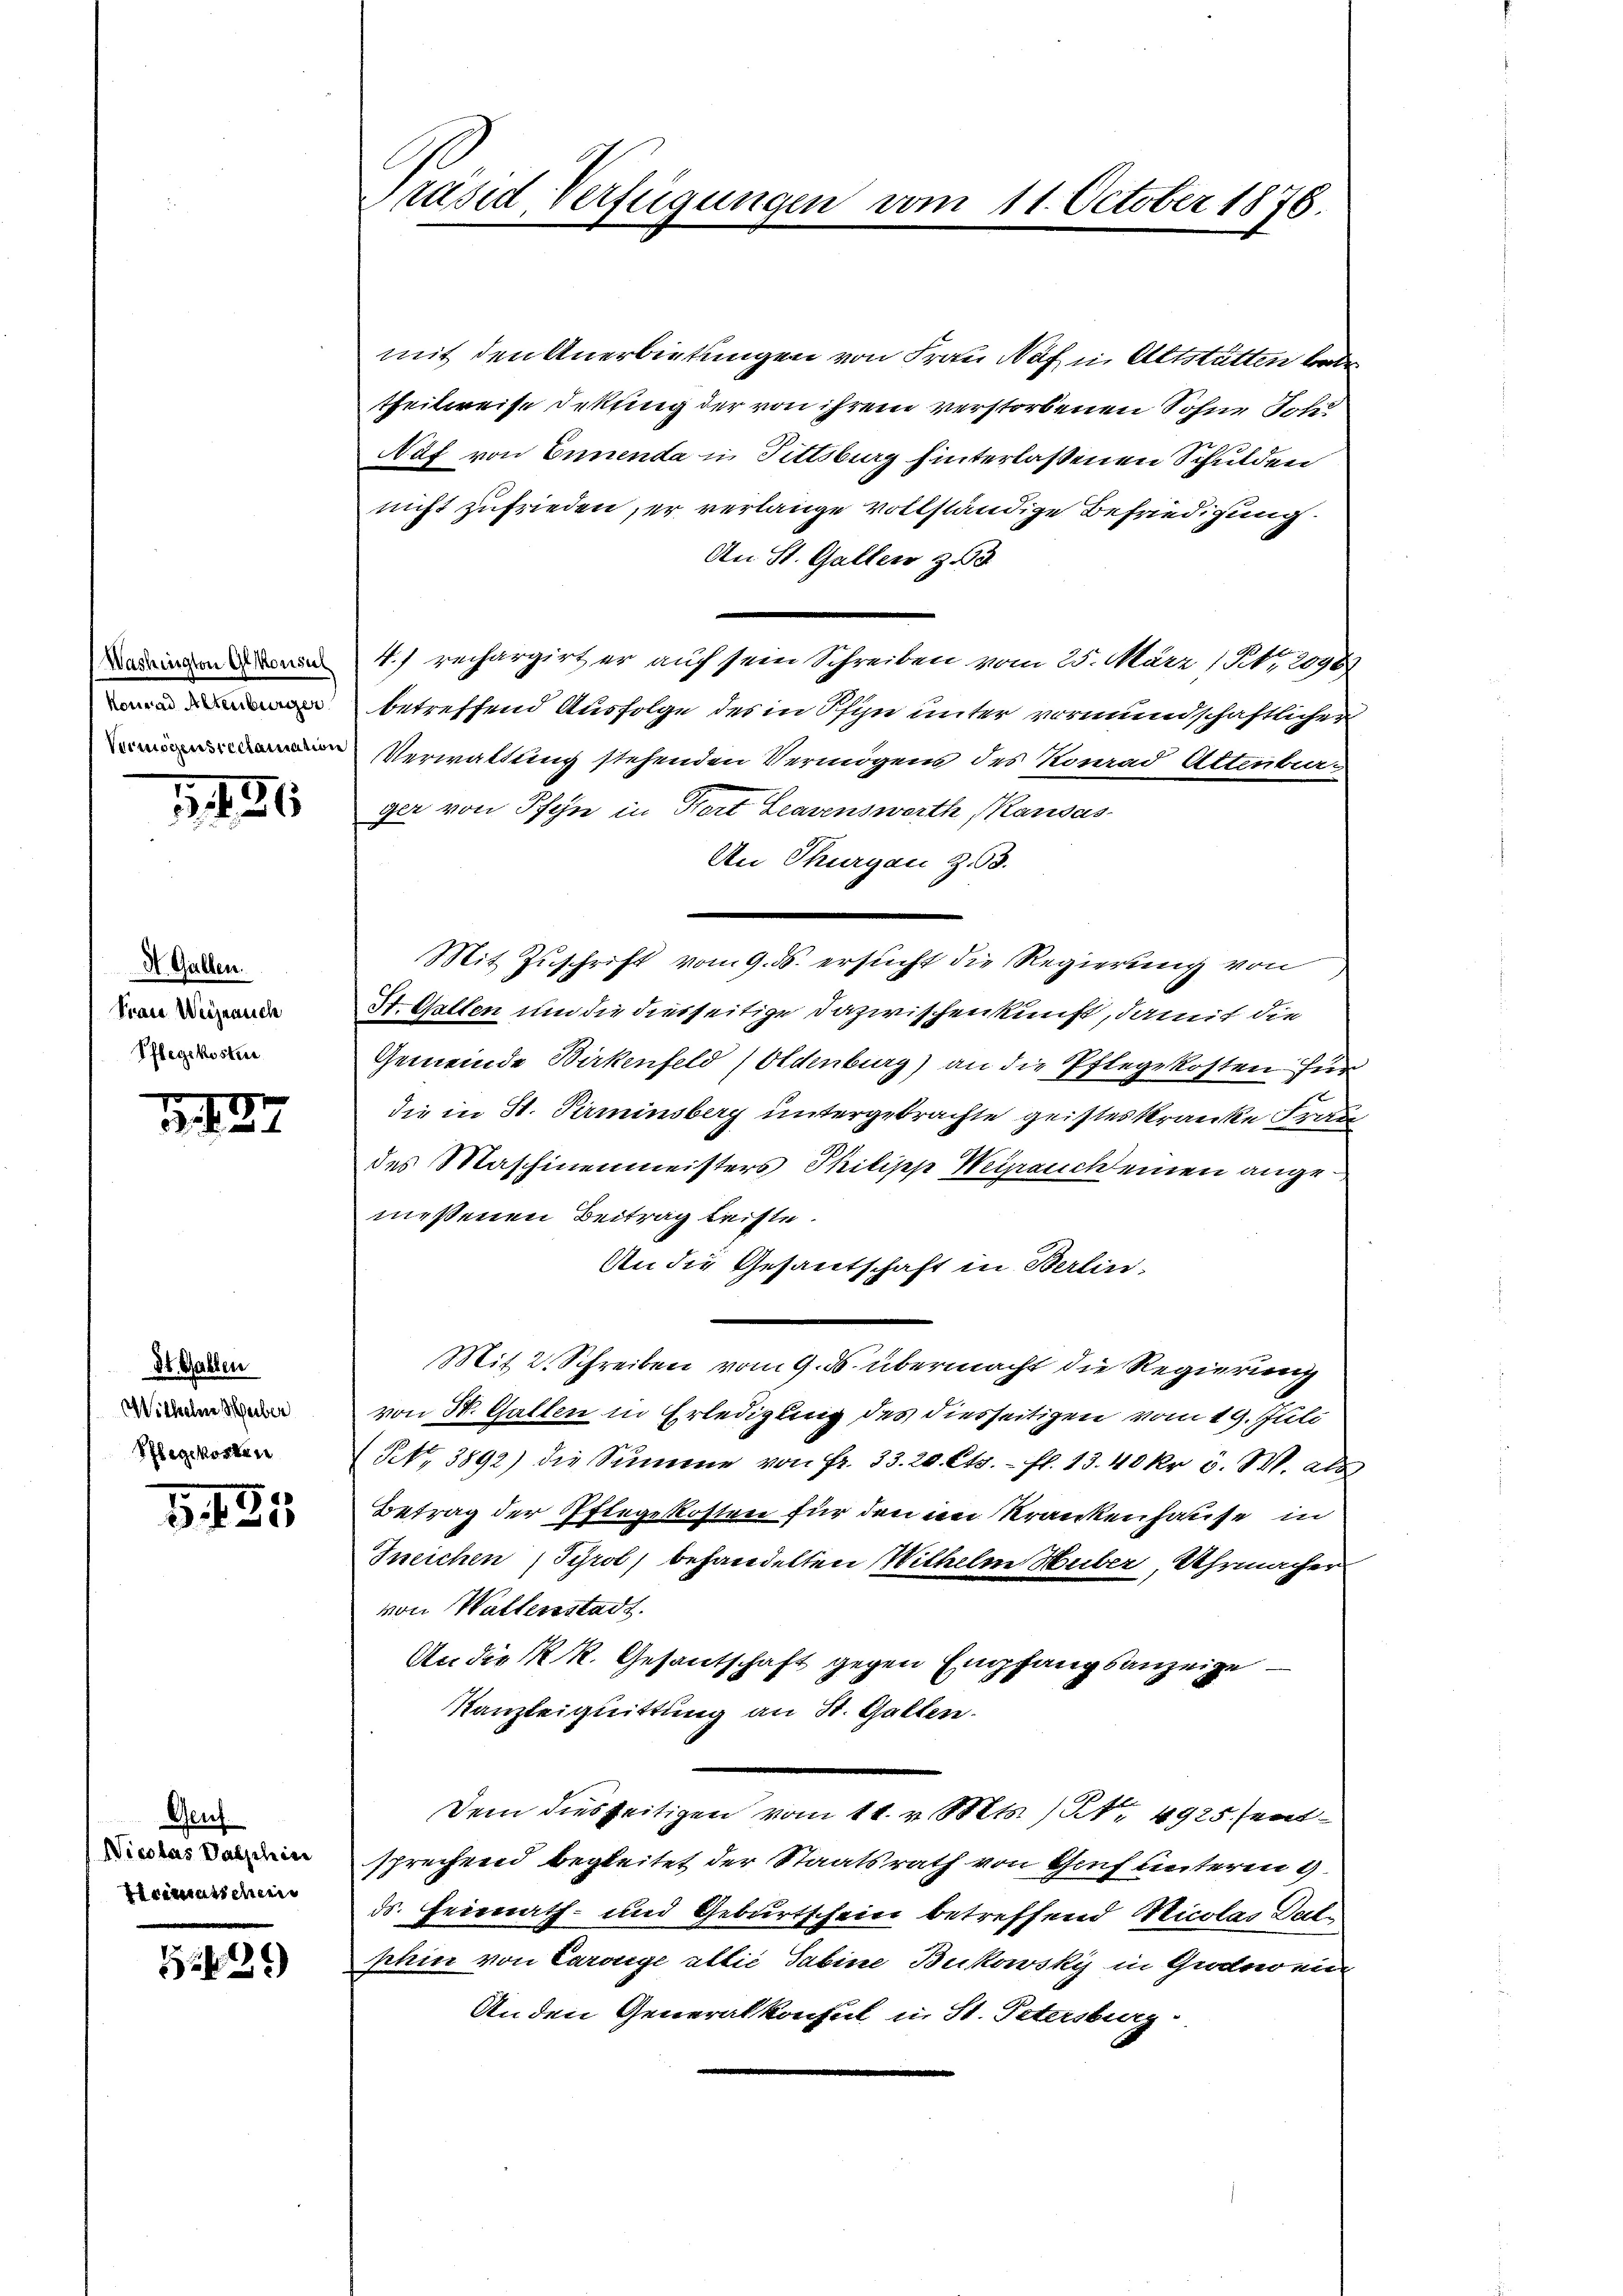
Washingten gekonsul
Konrad Altenburger
Vermögensreclamation

1486

St. Gallen.
Frau Weiserlich
Pflegekosten

0
.137

St. Gallen
Withelm Heiber
Pflegkorten

3. 185

Geuf
Nicolas Valschin
Primatschrei

529)

Präsid Verfügungen vom 11. October 1876.

mit den Anerbietungen von Frau Näf in Altstatten beden
theilweise dekung der von ihrem verstorbenen Sohne Soh
Naf von Ennenda in Fittsburg hinterlassenen Schulden
nicht zufrieden, er verlange vollständige Befriedigung.
An St. Gallen zu
4.) rechargirt er auf sein Schreiben vom 25. März 1 S. 2096
betreffend Ausfolge des in Pfin unter vormundschaftlicher
Verwaltung stehenden Vermögens des Konrad Attenbar-
ger von Pfen in Hort Learenswerth Kausas
An Thurgau Z.3.
Mit Zuschrift vom 9. ds. ersucht die Regierung von
St. Gotten um die diesseitige Dazwischenkunft, damit die
Gemeinde Birkenfeld (Oldenburg) an die Pflegekosten für
die in St. Perminsberg untergebrachte geisteskranke Frau
des Maschinenmeisters Philipp Wegrauch einen angemessenen Beitrag leiste.
An die Gesantschaft in Berlin.
Mit 2. Schreiben vom 9. ds. übermacht die Regierung
von W. Gallen in Erledigung des diesseitigen vom 19. Juli
P. 3892) die Summe von fr. 33. 20. Cts. fl. 13. 40 kr 5. M. als
Betrag der Pflegekosten für den in Krankenhause in
Ineichen ( Tyrol, behandelten Wilhelm Huber, Uhrmacher
von Waltenstadt.
An die K. R. Gesantschaft gegen Empfangsanzeige
Kanzleiguittung an St. Gallen.
Dem diesseitigen vom 11. v. Mts. No. 4925 sent
sprechend begleitet der Staatsrath von Genf unterm 9.
ds. Heimath- und Geburtschein betreffend Nicolas Dalshin von Carolge allié Sabine Bukowsky in Grode ein
Anden Generalkonsul in St. Petersburg-